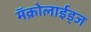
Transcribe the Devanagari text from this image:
मॅक्रोलाईड्ज